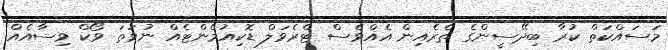
މަސައްކަތް ކުރާ ބިދޭސީންގެ ތެރެއިން އެއްވެސް ޓްރެވަލް ޑޮކިއުމެންޓެއް ނުވަތަ ވޯކް ވިސާއެއް